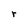
Character: r